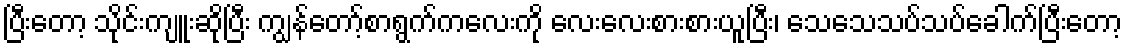
ပြီးတော့ သိုင်းကျူးဆိုပြီး ကျွန်တော့်စာရွက်ကလေးကို လေးလေးစားစားယူပြီး၊ သေသေသပ်သပ်ခေါက်ပြီးတော့